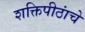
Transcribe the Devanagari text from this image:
शक्तिपीठांचे